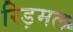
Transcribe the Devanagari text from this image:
रिड़मल